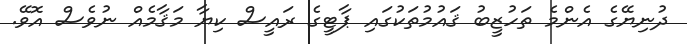
ދުނިޔޭގެ އެންމެ ތަހުޒީބު ޤައުމުތަކުގައި ޕާޓީގެ ރައީސް ކިޔާ މަޤާމެއް ނުވެސް އޮވޭ.